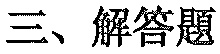
三、解答题